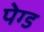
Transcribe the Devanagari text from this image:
पेग्ड